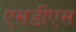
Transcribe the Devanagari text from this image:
एसडीएस